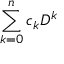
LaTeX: \sum _ { k = 0 } ^ { n } c _ { k } D ^ { k }